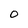
Character: 0